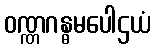
ဝဏ္ဏဂန္ဓမပေါဌယံ